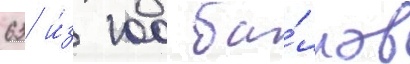
63 и́з 100 ба́ллов